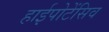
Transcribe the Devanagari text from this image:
हाईपोटेंसिव